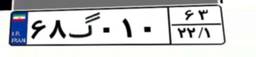
۶۸گ۰۱۰۶۳